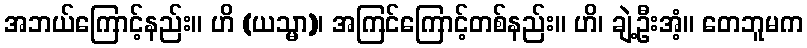
အဘယ်ကြောင့်နည်း။ ဟိ (ယသ္မာ)၊ အကြင်ကြောင့်တစ်နည်း။ ဟိ၊ ချဲ့ဦးအံ့။ တေဘူမက